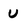
Character: U